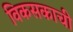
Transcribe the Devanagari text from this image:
विकसकाची